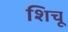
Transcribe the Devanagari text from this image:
शिचू